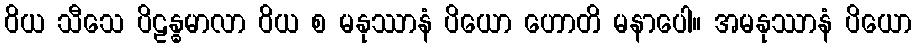
ဝိယ သီသေ ပိဠန္ဓမာလာ ဝိယ စ မနုဿာနံ ပိယော ဟောတိ မနာပေါ။ အမနုဿာနံ ပိယော